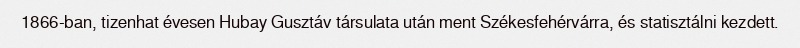
1866-ban, tizenhat évesen Hubay Gusztáv társulata után ment Székesfehérvárra, és statisztálni kezdett.